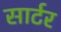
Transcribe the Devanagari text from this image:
सार्टर